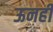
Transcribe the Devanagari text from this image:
ऊनही